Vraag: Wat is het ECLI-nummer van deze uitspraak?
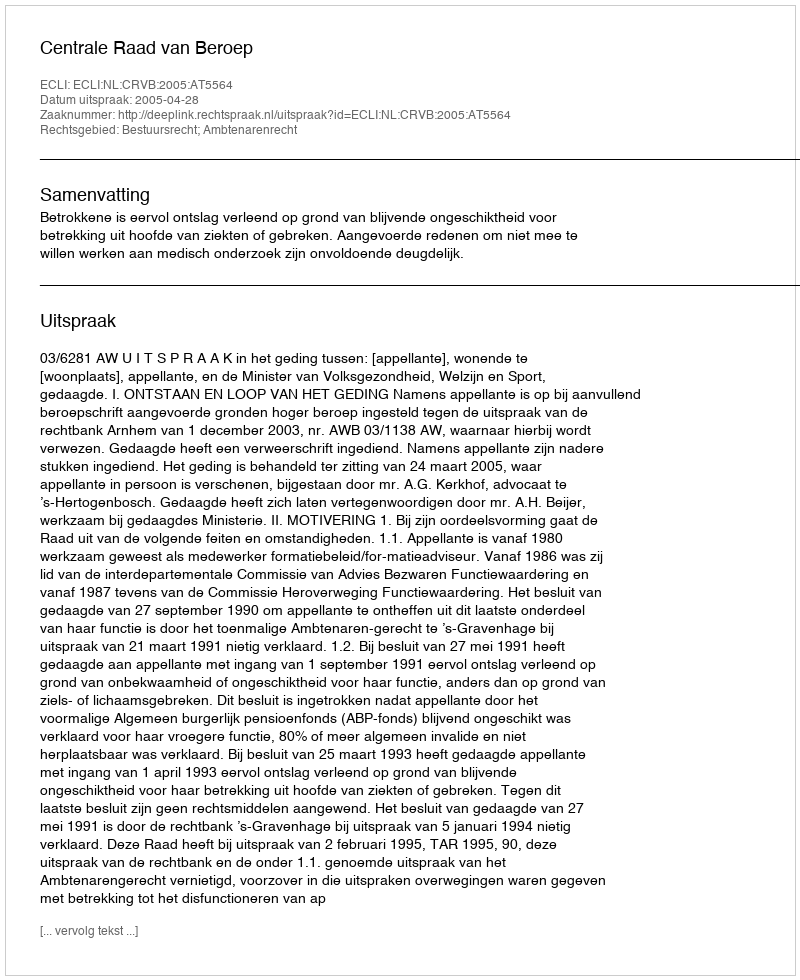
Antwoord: ECLI:NL:CRVB:2005:AT5564